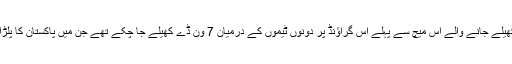
لارڈز میں کھیلے جانے والے اس میچ سے پہلے اس گراؤنڈ پر دونوں ٹیموں کے درمیان 7 وَن ڈے کھیلے جا چکے تھے جن میں پاکستان کا پلڑا بھاری تھا ۔